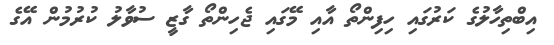
އިބްތިހާލުގެ ކަރުގައި ހިފިންތޯ އާއި މޭގައި ޖެހިންތޯ ގާޒީ ސުވާލު ކުރުމުން އޭގެ